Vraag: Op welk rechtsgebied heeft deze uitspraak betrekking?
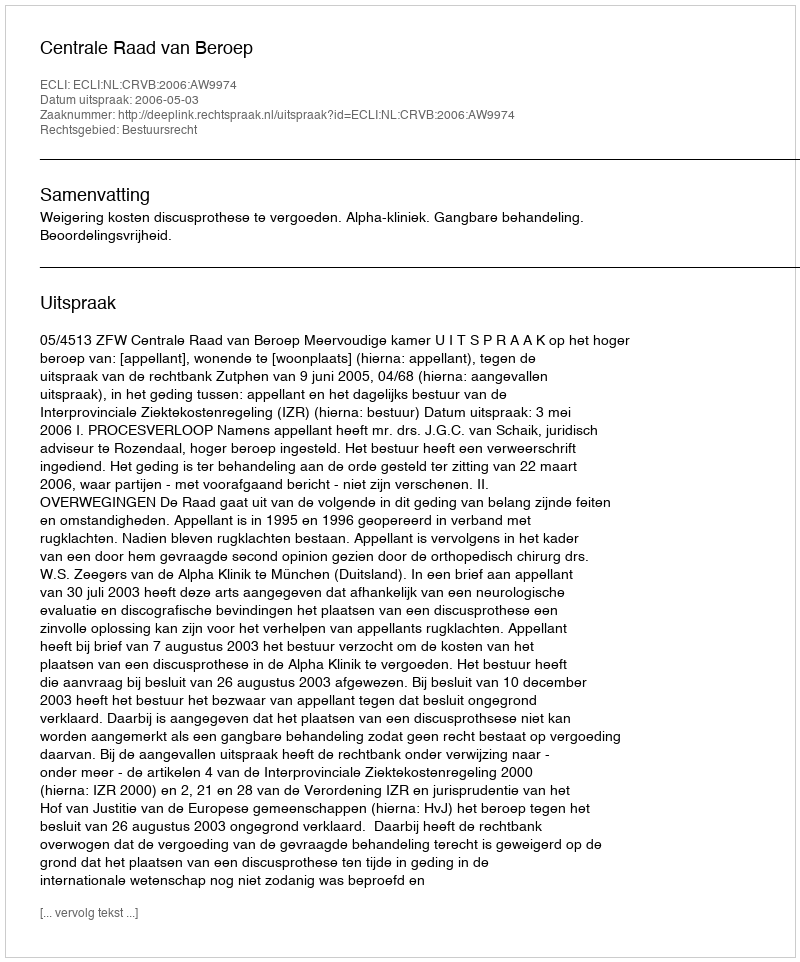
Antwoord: Bestuursrecht